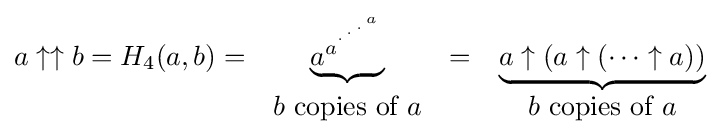
{\begin{matrix}a\uparrow \uparrow b=H_{4}(a,b)=&\underbrace {a^{a^{{}^{.\,^{.\,^{.\,^{a}}}}}}} &=&\underbrace {a\uparrow (a\uparrow (\cdots \uparrow a))} \\&b{\mbox{ copies of }}a&&b{\mbox{ copies of }}a\end{matrix}}